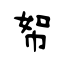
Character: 帤